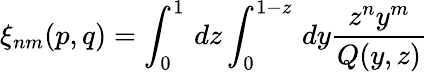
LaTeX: \xi_{nm}(p,q)=\int_{0}^{1}\, dz\int_{0}^{1-z}\, dy{\frac{z^{n}y^{m}}{Q(y,z)}}